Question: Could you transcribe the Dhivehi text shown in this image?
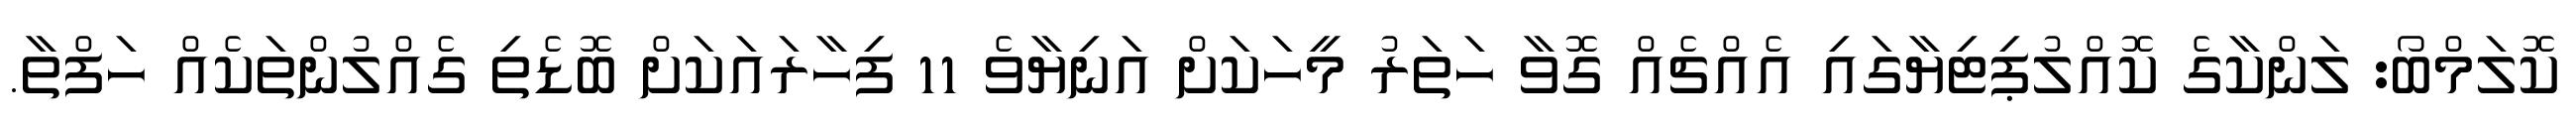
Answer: ކޮލަމްބޯ: ލަންކާގެ ކޮއްލުޕިޓިޔާގައި އެއްޗެއް ގޮވާ ހަތަރު މީހަކަށް އަނިޔާވެ 11 ފިހާރައަކަށް ބޮޑެތި ގެއްލުންތަކެއް ހަފްތާ.